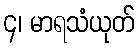
၄၊ မာရသံယုတ်